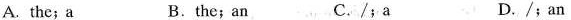
A.the;a B.the;an C./;a D./;an